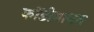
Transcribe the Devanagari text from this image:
कोंडीबाबत